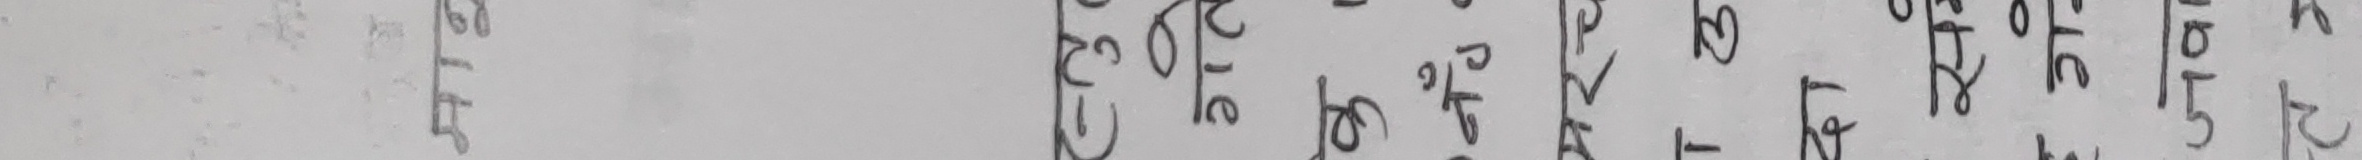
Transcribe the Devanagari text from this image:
अनुसार